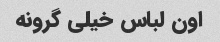
اون لباس خیلی گرونه